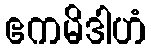
ဧကမိဒါဟံ